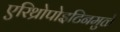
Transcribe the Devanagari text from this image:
एरिथ्रोपोइटिनमुळे